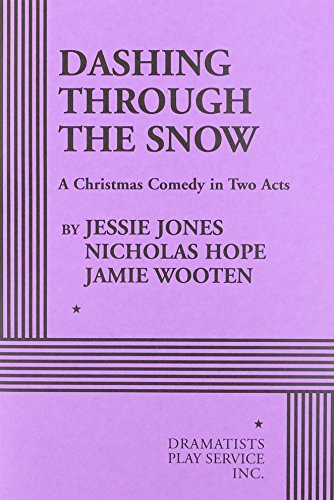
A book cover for Dashing Through the Snow - Acting Edition; Nicholas Hope, and Jamie Wooten Jessie Jones; Literature & Fiction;